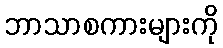
ဘာသာစကားများကို